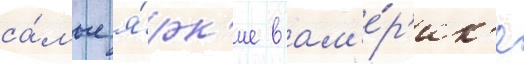
са́мые я́рк'ие в ам'е́р'ик'е